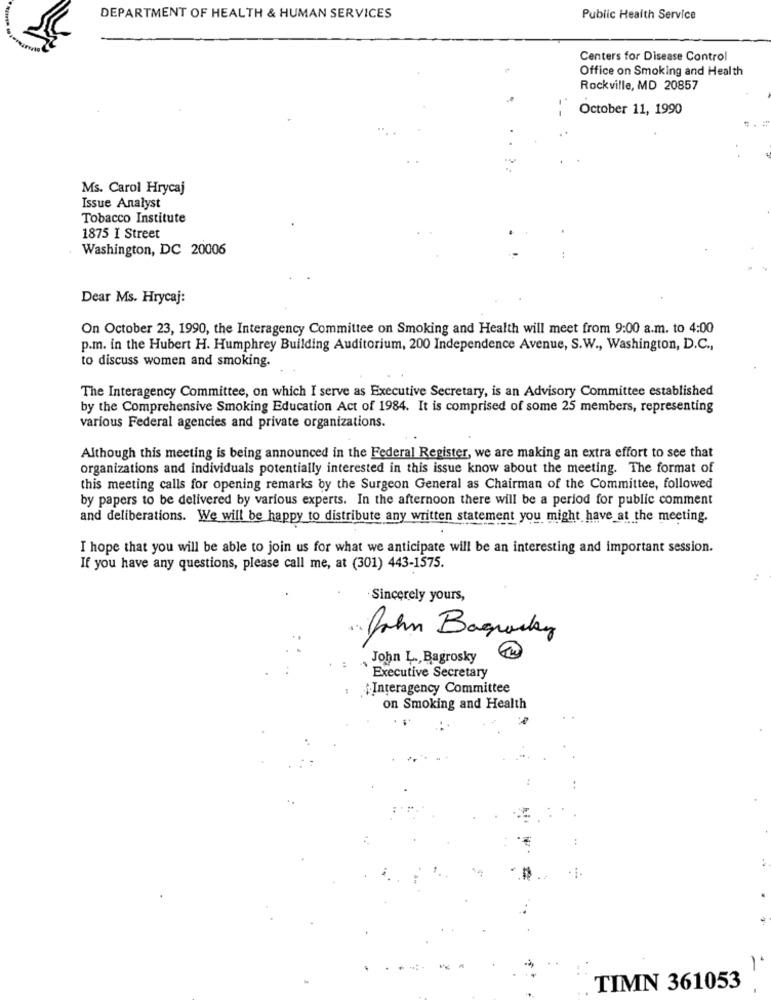
DEPARTMENT OF HEALTH & HUMAN SERVICES
Public Health Service
Centers for Disease Control
Office on Smoking and Health
Rockville, MD 20857
October 11, 1990
Ms. Carol Hrycaj
Issue Analyst
Tobacco Institute
1875 I Street
Washington, DC 20006
Dear Ms. Hrycaj:
On October 23, 1990, the Interagency Committee on Smoking and Health will meet from 9:00 a.m. to 4:00
p.m. in the Hubert H. Humphrey Building Auditorium, 200 Independence Avenue, S.W ., Washington, D.C .,
to discuss women and smoking.
The Interagency Committee, on which I serve as Executive Secretary, is an Advisory Committee established
by the Comprehensive Smoking Education Act of 1984. It is comprised of some 25 members, representing
various Federal agencies and private organizations.
Although this meeting is being announced in the Federal Register, we are making an extra effort to see that
organizations and individuals potentially interested in this issue know about the meeting. The format of
this meeting calls for opening remarks by the Surgeon General as Chairman of the Committee, followed
by papers to be delivered by various experts. In the afternoon there will be a period for public comment
and deliberations. We will be happy to distribute any written statement you might have at the meeting.
I hope that you will be able to join us for what we anticipate will be an interesting and important session.
If you have any questions, please call me, at (301) 443-1575.
Sincerely yours,
John Baguasky
John L ., Bagrosky
Executive Secretary
:Interagency Committee
on Smoking and Health
TIMN 361053
-.